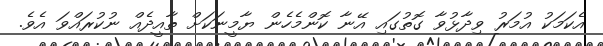
އެކަމަކު އުމަރު ވިދާޅުވާ ގޮތުގައި އޭނާ ކޮންމެހެން ޔާމީނަކަށް ތާއީދެއް ނުކުރައްވަ އެވެ.